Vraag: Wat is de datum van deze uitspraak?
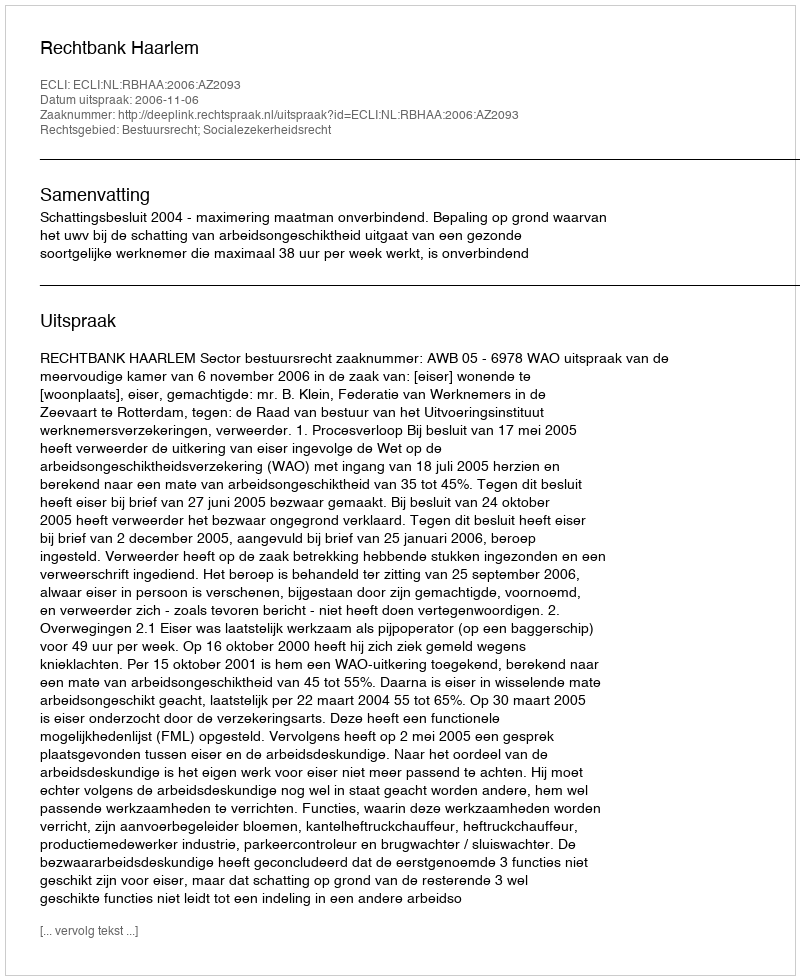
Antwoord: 2006-11-06